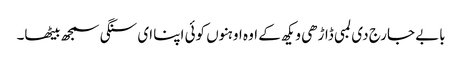
بابے جارج دی لمبی ڈاڑھی ویکھ کے اوہ اوہنوں کوئی اپنا ای سنگی سمجھ بیٹھا۔